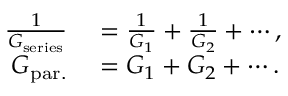
\begin{array} { r l } { \frac { 1 } { G _ { \mathrm { s e r i e s } } } } & { { } = \frac { 1 } { G _ { 1 } } + \frac { 1 } { G _ { 2 } } + \cdots , } \\ { G _ { \mathrm { p a r . } } } & { { } = G _ { 1 } + G _ { 2 } + \cdots . } \end{array}